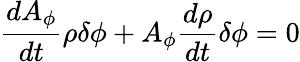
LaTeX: \frac{dA_{\phi}}{dt}\rho\delta\phi+A_{\phi}\frac{d\rho}{dt}\delta\phi=0